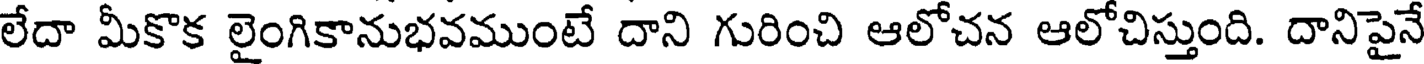
లేదా మీకొక లైంగికానుభవముంటే దాని గురించి ఆలోచన ఆలోచిస్తుంది. దానిపైనే